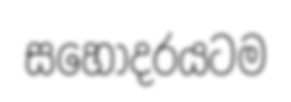
සහෝදරයටම